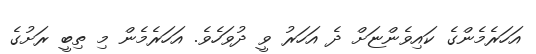
އަހަރެމެންގެ ކައިވެންޏަށް ދެ އަހަރު ވީ ދުވަހެވެ. އަހަރެމެން މި ތިބީ ރަށުގެ